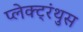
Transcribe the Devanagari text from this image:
प्लेक्ट्रंथुस